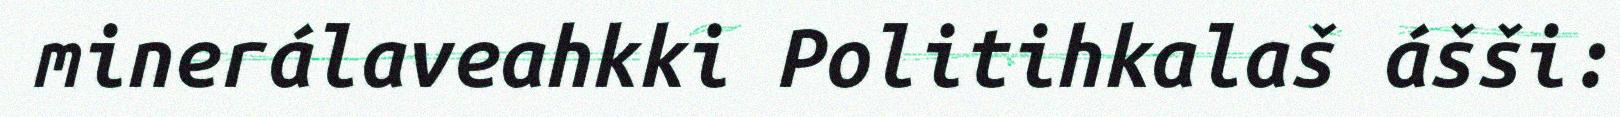
minerálaveahkki Politihkalaš ášši: